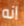
انه